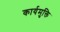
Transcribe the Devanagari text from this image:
कार्यमुक्ति